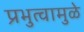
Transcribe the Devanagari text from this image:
प्रभुत्वामुळे